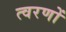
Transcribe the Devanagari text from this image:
त्वरणों